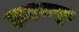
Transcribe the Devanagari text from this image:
हादसपुर